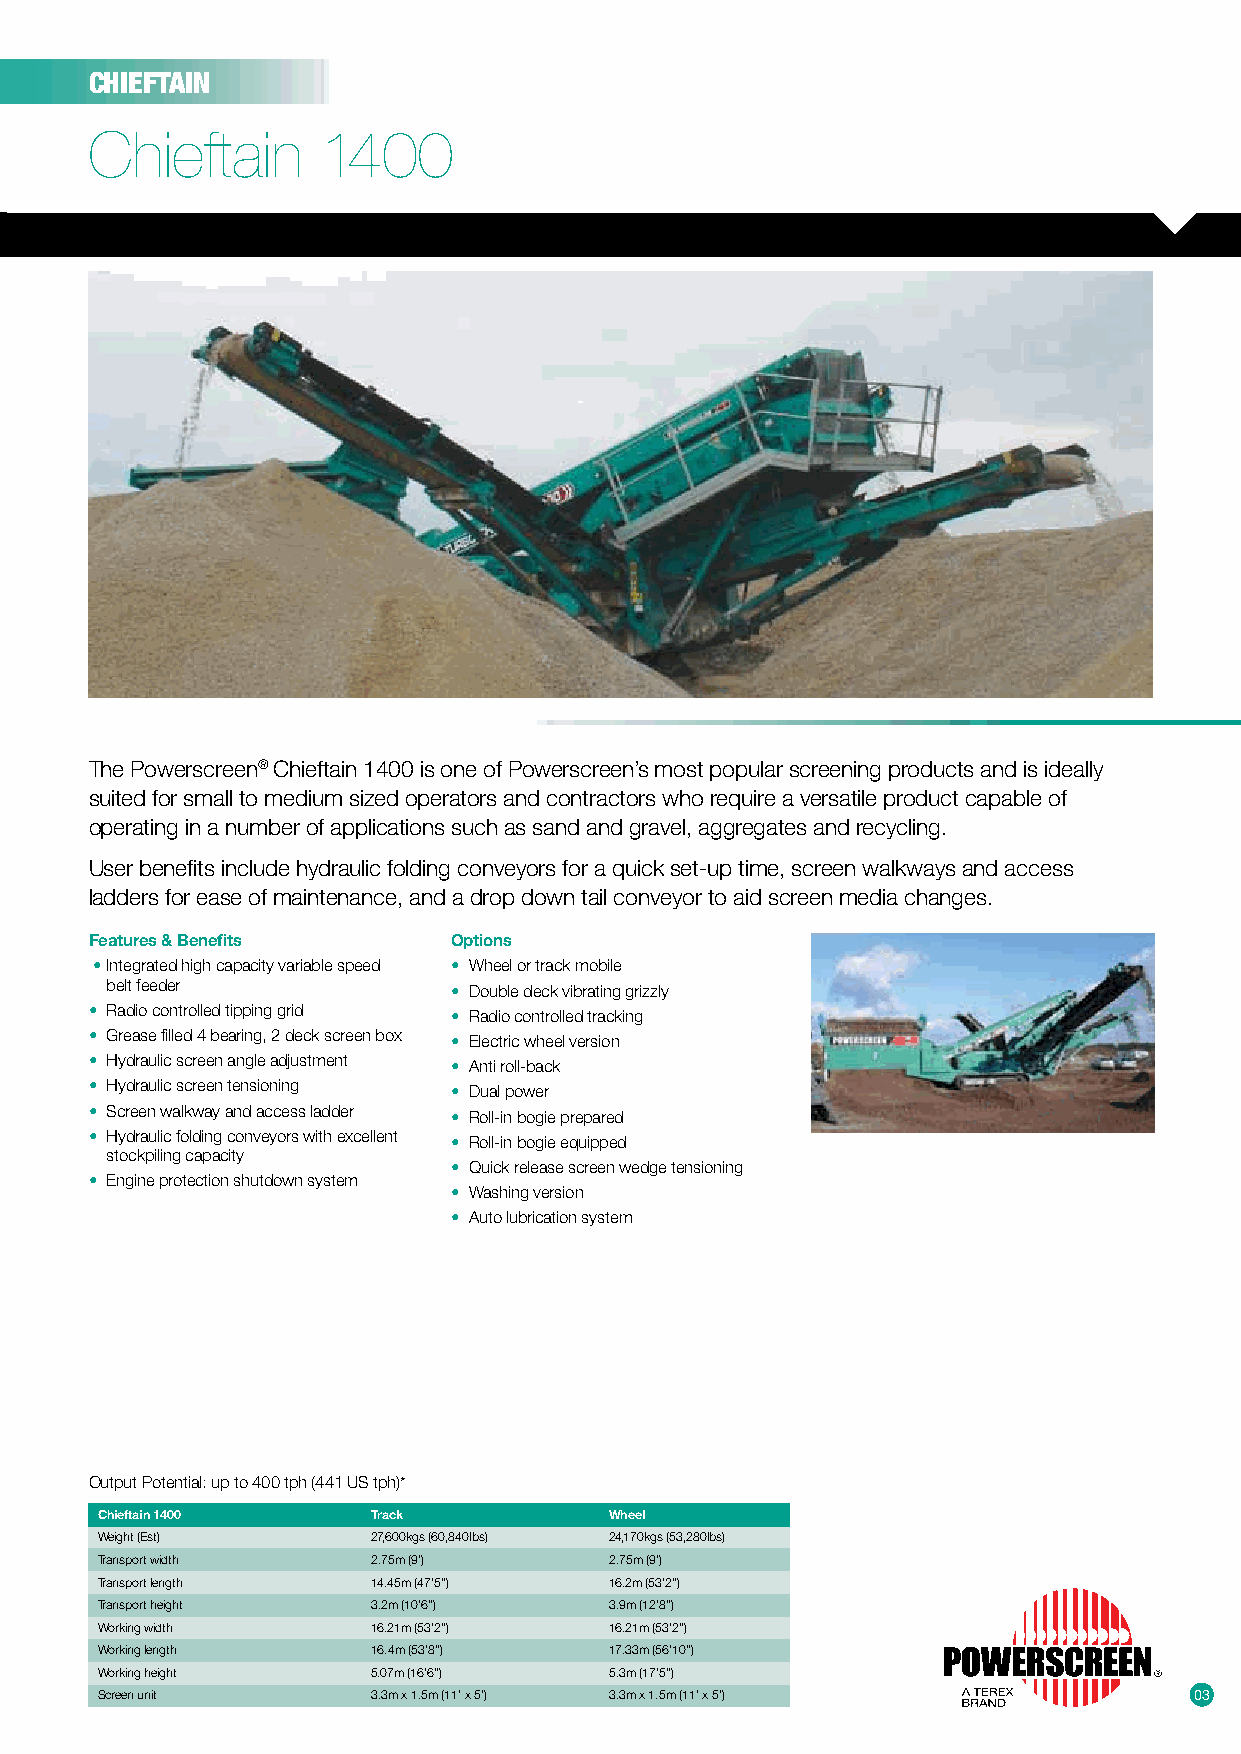
CHIEFTAIN
 Chieftain      1400
 The Powerscreen® Chieftain 1400 is one of Powerscreen’s most popular screening products and is ideally
 suited for small to medium sized operators and contractors who require a versatile product capable of
 operating in a number of applications such as sand and gravel, aggregates and recycling.
 User benefits include hydraulic folding conveyors for a quick set-up time, screen walkways and access
 ladders for ease of maintenance, and a drop down tail conveyor to aid screen media changes.
 Features & Benefits     Options
 • Integrated high capacity variable speed • Wheel or track mobile
 belt feeder            • Double deck vibrating grizzly
 • Radio controlled tipping grid • Radio controlled tracking
 • Grease filled 4 bearing, 2 deck screen box • Electric wheel version
 • Hydraulic screen angle adjustment • Anti roll-back
 • Hydraulic screen tensioning • Dual power
 • Screen walkway and access ladder • Roll-in bogie prepared
 • Hydraulic folding conveyors with excellent • Roll-in bogie equipped
 stockpiling capacity
 • Quick release screen wedge tensioning
 • Engine protection shutdown system
 • Washing version
 • Auto lubrication system
 Output Potential: up to 400 tph (441 US tph)*
 Chieftain 1400     Track          Wheel
 Weight (Est)       27,600kgs (60,840lbs) 24,170kgs (53,280lbs)
 Transport width    2.75m (9’)     2.75m (9’)
 Transport length   14.45m (47’5”) 16.2m (53’2”)
 Transport height   3.2m (10’6”)   3.9m (12’8”)
 Working width      16.21m (53’2”) 16.21m (53’2”)
 Working length     16.4m (53’8”)  17.33m (56’10”)
 Working height     5.07m (16’6”)  5.3m (17’5”)
 Screen unit        3.3m x 1.5m (11’ x 5’) 3.3m x 1.5m (11’ x 5’)         0033